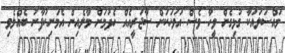
މައްސަލައަކާ ގުޅިގެން ވީހާ ވެސް އަވަހަކަށް ސާޖަރީއެއް ހެދުމަށް މާލެއިން އެމަނިކުފާނު ބެއްލެވި